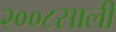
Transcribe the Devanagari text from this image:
२००८साली